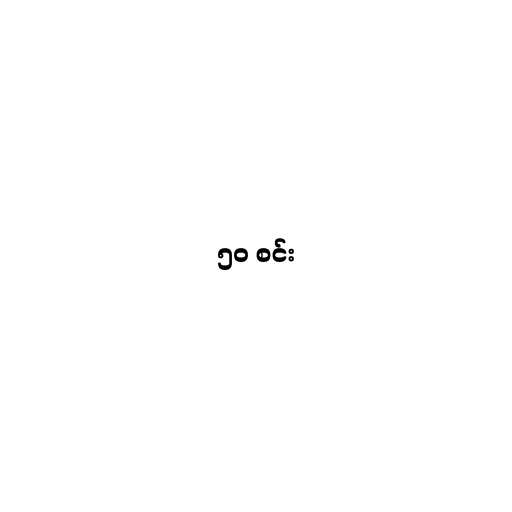
၅၀ စင်း